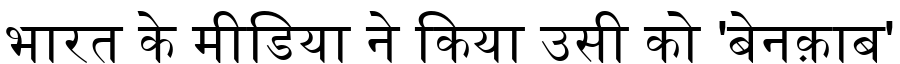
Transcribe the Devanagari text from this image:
भारत के मीडिया ने किया उसी को 'बेनक़ाब'